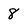
Character: 8